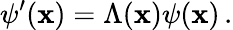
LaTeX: \psi^{\prime}(\mathbf{x})=\Lambda(\mathbf{x})\psi(\mathbf{x})\, .